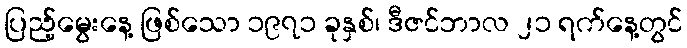
ပြည့်မွေးနေ့ ဖြစ်သော ၁၉၇၁ ခုနှစ်၊ ဒီဇင်ဘာလ ၂၁ ရက်နေ့တွင်